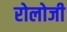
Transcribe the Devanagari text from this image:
रोलोजी